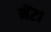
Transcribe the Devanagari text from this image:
में२१